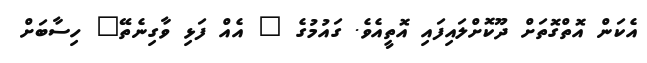
އެކަން އޮތްގޮތަށް ދޫކޮށްލައިފައި އޮތީއެވެ. ގައުމުގެ " އެއް ފަޅި ވާގިނެތޭ" ހިސާބަށް